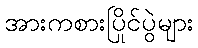
အားကစားပြိုင်ပွဲများ